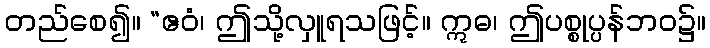
တည်စေ၍။ “ဧဝံ၊ ဤသို့လှူရသဖြင့်။ ဣဓ၊ ဤပစ္စုပ္ပန်ဘဝ၌။